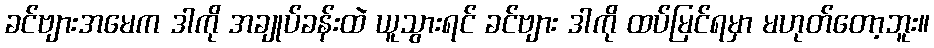
ခင်ဗျားအမေက ဒါကို အချုပ်ခန်းထဲ ယူသွားရင် ခင်ဗျား ဒါကို ထပ်မြင်ရမှာ မဟုတ်တော့ဘူး။